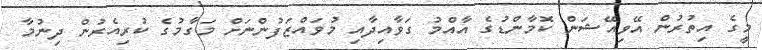
މީގެ އިތުރުން އޭވިއޭޝަން ކޮމާންޑުގެ އާއްމު ގަވާއިދާއި މުވައްޒަފުންނަށް މަގާމުގެ ކުރިއެރުން ދިނުމާ